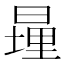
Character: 𪰹